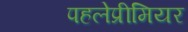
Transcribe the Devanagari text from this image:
पहलेप्रीमियर